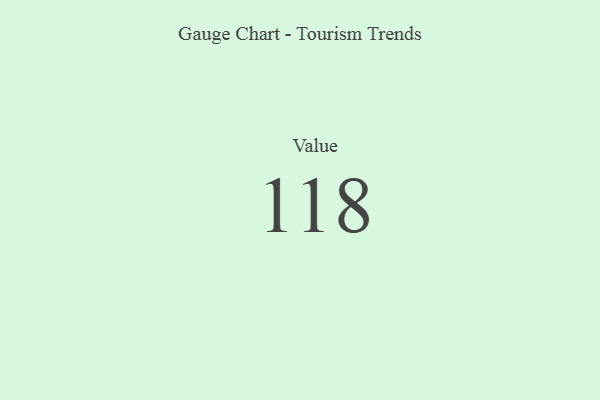
{"axis": {"x": "Metric", "y": "Value"}, "legend": [""], "data": [{"x": "Value", "y": 118, "type": ""}]}